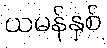
ယမန်နှစ်